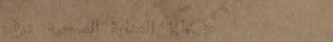
صيدلية العناية الصحية توف